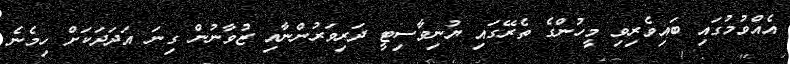
އެއްވުމުގައި ބައިވެރިވި މީހުންގެ ތެރޭގައި ޔުނިވާސިޓީ ދަރިވަރުންނާއި ޒުވާނުން ގިނަ އަދަދަކަށް ހިމެނެ